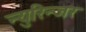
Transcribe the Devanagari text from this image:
न्युरिन्जर